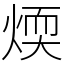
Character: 煗